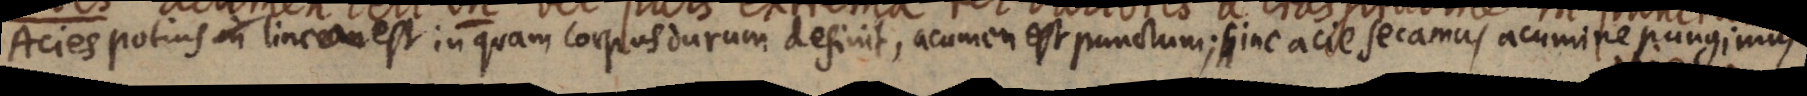
Acies potius in lineam est in quam corpus durum definit, acumen est punctum; sine acte secaonus acumine pungimus